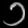
Digit: ၁